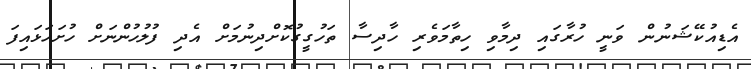
އެޑިއުކޭޝަނުން ވަނީ ހުރާގައި ދިމާވި ހިތާމަވެރި ހާދިސާ ތަހުގީގުކޮށްދިނުމަށް އެދި ފުލުހުންނަށް ހުށަހަޅައިފަ